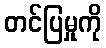
တင်ပြမှုကို